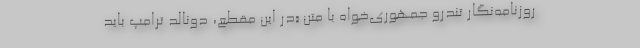
روزنامه‌نگار تندرو جمهوری‌خواه با متن «در این مقطع، دونالد ترامپ باید